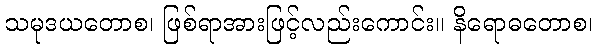
သမုဒယတောစ၊ ဖြစ်ရာအားဖြင့်လည်းကောင်း။ နိရောဓတောစ၊